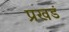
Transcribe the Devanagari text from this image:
प्रखडं